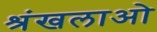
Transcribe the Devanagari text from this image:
श्रंखलाओ